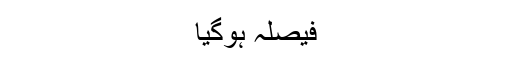
فیصلہ ہوگیا